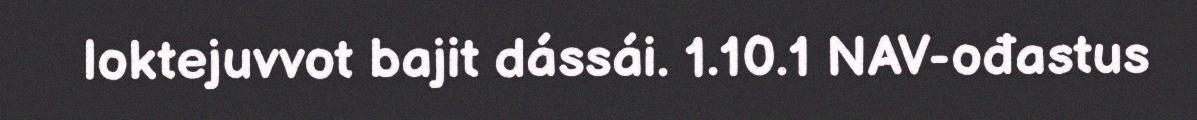
loktejuvvot bajit dássái. 1.10.1 NAV-ođastus